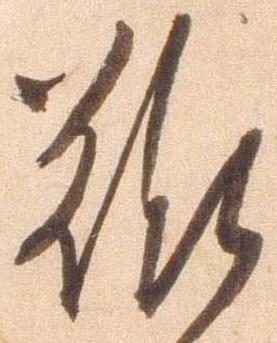
難